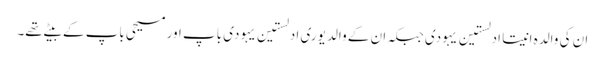
ان کی والدہ انیتا ادلستین یہودی جبکہ ان کے والد یوری ادلستین یہودی باپ اور مسیحی باپ کے بیٹے تھے۔